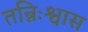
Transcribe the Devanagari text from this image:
तन्निःश्वास